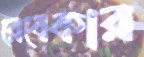
রেবেকার